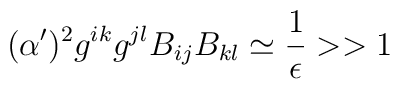
(\alpha')^2 g^{ik} g^{jl} B_{ij} B_{kl} \simeq {1\over \epsilon}>>1